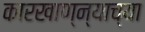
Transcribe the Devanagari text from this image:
कारखाण्न्याच्या